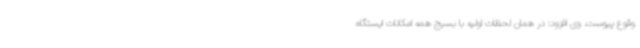
وقوع پیوست. وی افزود: در همان لحظات اولیه با بسیج همه امکانات ایستگاه